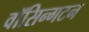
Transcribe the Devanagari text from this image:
वॉसिन्गटन